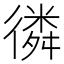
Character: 𢕸